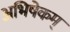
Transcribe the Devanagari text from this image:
अभिषेकम्